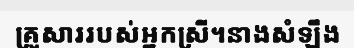
គ្រួសាររបស់អ្នកស្រី។នាងសំឡឹង